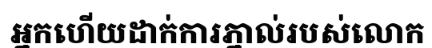
អ្នកហើយដាក់ការភ្នាល់របស់លោក